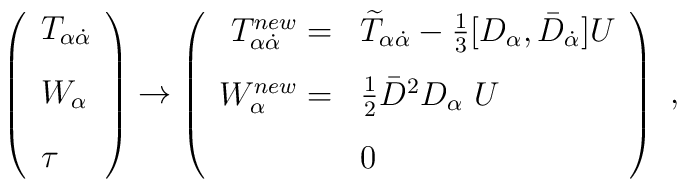
\left(\begin{array}{l}T_{\alpha{\dot{\alpha}}}\\[3mm]W_\alpha\\[3mm]\tau\end{array}\right)\to\left(\begin{array}{rl}T^{new}_{\alpha{\dot{\alpha}}} =& {\widetilde T}_{\alpha{\dot{\alpha}}}-\frac{1}{3}[D_\alpha,\bar D_{\dot{\alpha}}]U\\[3mm]W^{new}_\alpha =& \frac{1}{2}{\bar D}^2D_\alpha\ U\\[3mm]&0\end{array}\right)\ ,